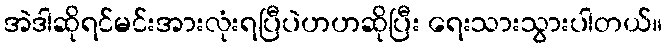
အဲဒါဆိုရင်မင်းအားလုံးရပြီပဲဟဟဆိုပြီး ရေးသားသွားပါတယ်။